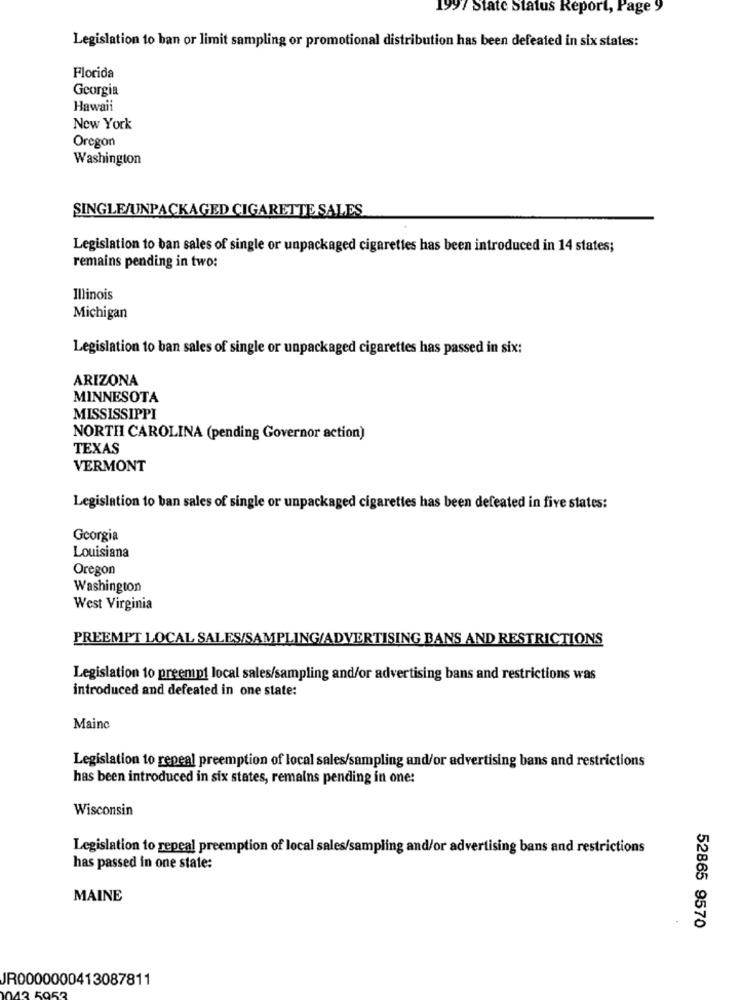
1997 State Status Report, Page 9
Legislation to ban or limit sampling or promotional distribution has been defeated in six states:
Florida
Georgia
Hawaii
New York
Oregon
Washington
SINGLE/UNPACKAGED CIGARETTE SALES
Legislation to ban sales of single or unpackaged cigarettes has been introduced in 14 states;
remains pending in two:
Illinois
Michigan
Legislation to ban sales of single or unpackaged cigarettes has passed in six:
ARIZONA
MINNESOTA
MISSISSIPPI
NORTH CAROLINA (pending Governor action)
TEXAS
VERMONT
Legislation to ban sales of single or unpackaged cigarettes has been defeated in five states:
Georgia
Louisiana
Oregon
Washington
West Virginia
PREEMPT LOCAL SALES/SAMPLING/ADVERTISING BANS AND RESTRICTIONS
Legislation to preempt local sales/sampling and/or advertising bans and restrictions was
introduced and defeated in one state:
Mainc
Legislation to repeal preemption of local sales/sampling and/or advertising bans and restrictions
has been introduced in six states, remains pending in one:
Wisconsin
Legislation to repeal preemption of local sales/sampling and/or advertising bans and restrictions
has passed in one state:
MAINE
52865 9570
JR0000000413087811
43 5953